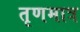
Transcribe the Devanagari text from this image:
तृणमात्र